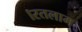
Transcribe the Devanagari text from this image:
।रतलाम